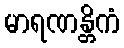
မာရဏန္တိကံ